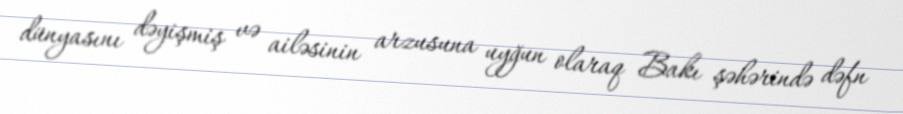
dünyasını dəyişmiş və ailəsinin arzusuna uyğun olaraq Bakı şəhərində dəfn